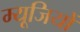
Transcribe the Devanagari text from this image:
म्यूजियों